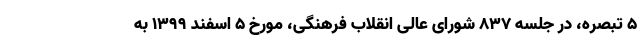
۵ تبصره، در جلسه ۸۳۷ شورای عالی انقلاب فرهنگی، مورخ ۵ اسفند ۱۳۹۹ به